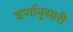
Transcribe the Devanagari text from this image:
वर्णानुसारी